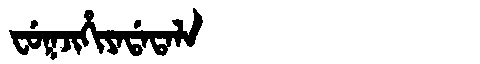
Manchu: ᠸᡠᡴᠵᡳᡥᡳᠶᠠᡩᠠᡨᠠᠯᠠ
Romanization: FUKJIHIYADATALA